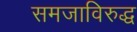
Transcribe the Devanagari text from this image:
समजाविरुद्ध